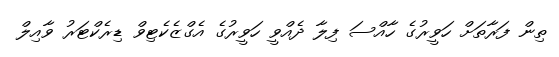
ތިން ފަރާތަށް ހަވީރުގެ ހާއްސަ ފިލާ ދެއްވީ ހަވީރުގެ އެގްޒެކެޓިވް ޑިރެކްޓަރު ވާއިލް